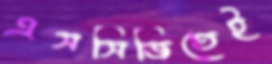
এসসিজিতেই